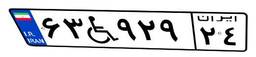
۶۳W۹۲۹۲۴